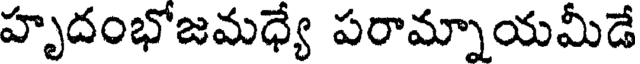
హృదంభోజమధ్యే పరామ్నాయమీడే